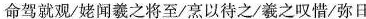
命驾就观/姥闻羲之将至/烹以待之/羲之叹惜/弥日